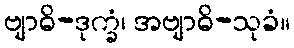
ဗျာဓိ-ဒုက္ခံ၊ အဗျာဓိ-သုခံ။